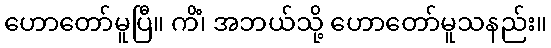
ဟောတော်မူပြီ။ ကိံ၊ အဘယ်သို့ ဟောတော်မူသနည်း။